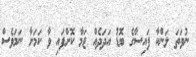
ނުވަތަ ލަންކާ ފައިސާގެ ބޮޑު އަދަދެއް ޖަމާ ކޮށްފައި ވާ ކަމަށާ ނަމަވެސް